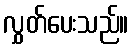
လွှတ်ပေးသည်။